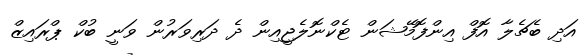
އަދި ބެޗެލާ އޮފް އިންފޮމޭޝަން ޓެކްނޮލެޖީއިން ދެ ދަރިވަރުން ވަނީ ބުކް ޕްރައިޒް